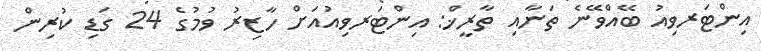
އިންޓަރވިއު ބޭއްވޭނެ ތަނާއި ތާރީޚް: އިންޓަރވިއުއަށް ހާޒިރު ވުމުގެ 24 ގަޑި ކުރިން